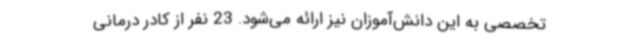
تخصصی به این دانش‌آموزان نیز ارائه می‌شود. 23 نفر از کادر درمانی